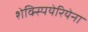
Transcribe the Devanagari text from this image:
शेक्स्पियेरियेना